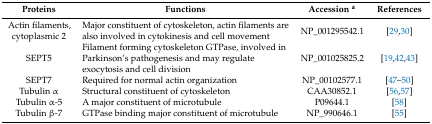
<table><thead><tr><td><b>Proteins</b></td><td><b>Functions</b></td><td><b>Accession <sup>a</sup></b></td><td><b>References</b></td></tr></thead><tbody><tr><td>Actin filaments, cytoplasmic 2</td><td>Major constituent of cytoskeleton, actin filaments are also involved in cytokinesis and cell movement</td><td>NP_001295542.1</td><td>[29,30]</td></tr><tr><td>SEPT5</td><td>Filament forming cytoskeleton GTPase, involved in Parkinson’s pathogenesis and may regulate exocytosis and cell division</td><td>NP_001025825.2</td><td>[19,42,43]</td></tr><tr><td>SEPT7</td><td>Required for normal actin organization</td><td>NP_00102577.1</td><td>[47,48,49,50]</td></tr><tr><td>Tubulin α</td><td>Structural constituent of cytoskeleton</td><td>CAA30852.1</td><td>[56,57]</td></tr><tr><td>Tubulin α-5</td><td>A major constituent of microtubule</td><td>P09644.1</td><td>[58]</td></tr><tr><td>Tubulin β-7</td><td>GTPase binding major constituent of microtubule</td><td>NP_990646.1</td><td>[55]</td></tr></tbody></table>